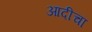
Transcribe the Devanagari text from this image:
आदीचा